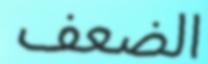
الضعف